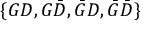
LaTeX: \{ G D , G { \bar { D } } , { \bar { G } } D , { \bar { G } } { \bar { D } } \}